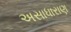
અસાધારાણ